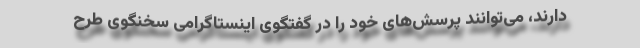
دارند، می‌توانند پرسش‌های خود را در گفتگوی اینستاگرامی سخنگوی طرح